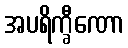
အပရိက္ခီဏော